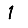
Digit: 1